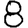
Digit: 8